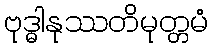
ဗုဒ္ဓါနုဿတိမုတ္တမံ